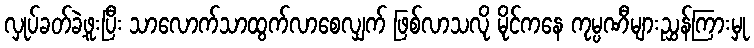
လှုပ်ခတ်ခဲ့ဖူးပြီး သာလောက်သာထွက်လာစေလျှက် ဖြစ်လာသလို မိုင်ကနေ ကုမ္ပဏီများညွှန်ကြားမှု